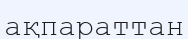
ақпараттан